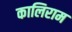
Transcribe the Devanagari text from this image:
कालिराम